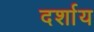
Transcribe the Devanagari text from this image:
दर्शाय